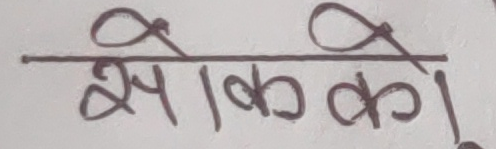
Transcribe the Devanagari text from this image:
सोकेको